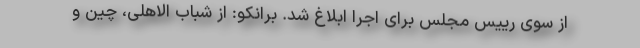
از سوی رییس مجلس برای اجرا ابلاغ شد. برانکو: از شباب الاهلی، چین و